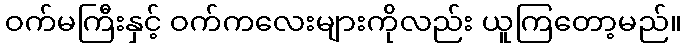
ဝက်မကြီးနှင့် ဝက်ကလေးများကိုလည်း ယူကြတော့မည်။